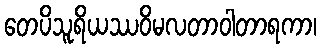
တေပိသူရိယဿဝိမလတာဝါတာရကာ၊